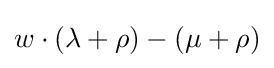
w\cdot (\lambda +\rho )-(\mu +\rho )